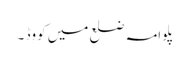
پلوامہ ضلع میں کووِڈ ۔